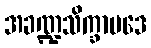
အခဏ္ဍသိက္ခာပဒေ